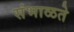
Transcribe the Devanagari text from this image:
संभाळते